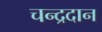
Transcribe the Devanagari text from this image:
चन्द्रदान